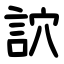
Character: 䛎